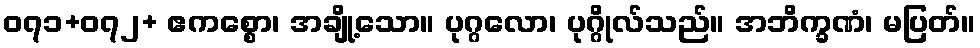
၀၇၁+၀၇၂+ ဧကစ္စော၊ အချို့သော။ ပုဂ္ဂလော၊ ပုဂ္ဂိုလ်သည်။ အဘိက္ခဏံ၊ မပြတ်။